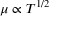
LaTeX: \mu \propto T ^ { 1 / 2 }